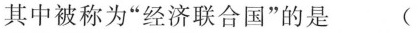
其中被称为”经济联合国”的是 (